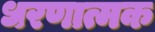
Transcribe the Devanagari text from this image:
धरणात्मक